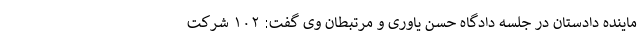
ماینده دادستان در جلسه دادگاه حسن یاوری و مرتبطان وی گفت: ۱۰۲ شرکت